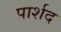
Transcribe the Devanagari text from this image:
पार्शद